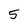
Character: 5